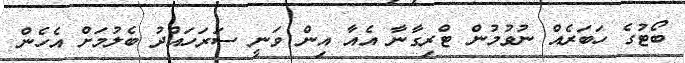
ބޯޓުގެ ހަބަރެއް ނުވުމުން ޓްރިގާނާ އެއާ އިން ވަނީ ސަރަހައްދު ބެލުމަށް އެހެން